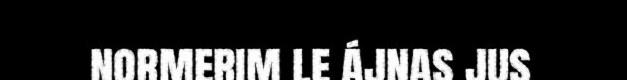
normerim le ájnas jus